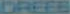
DREES